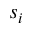
s _ { i }